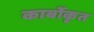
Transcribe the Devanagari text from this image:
कार्बोकृत